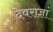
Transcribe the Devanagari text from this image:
देवराज्ञां